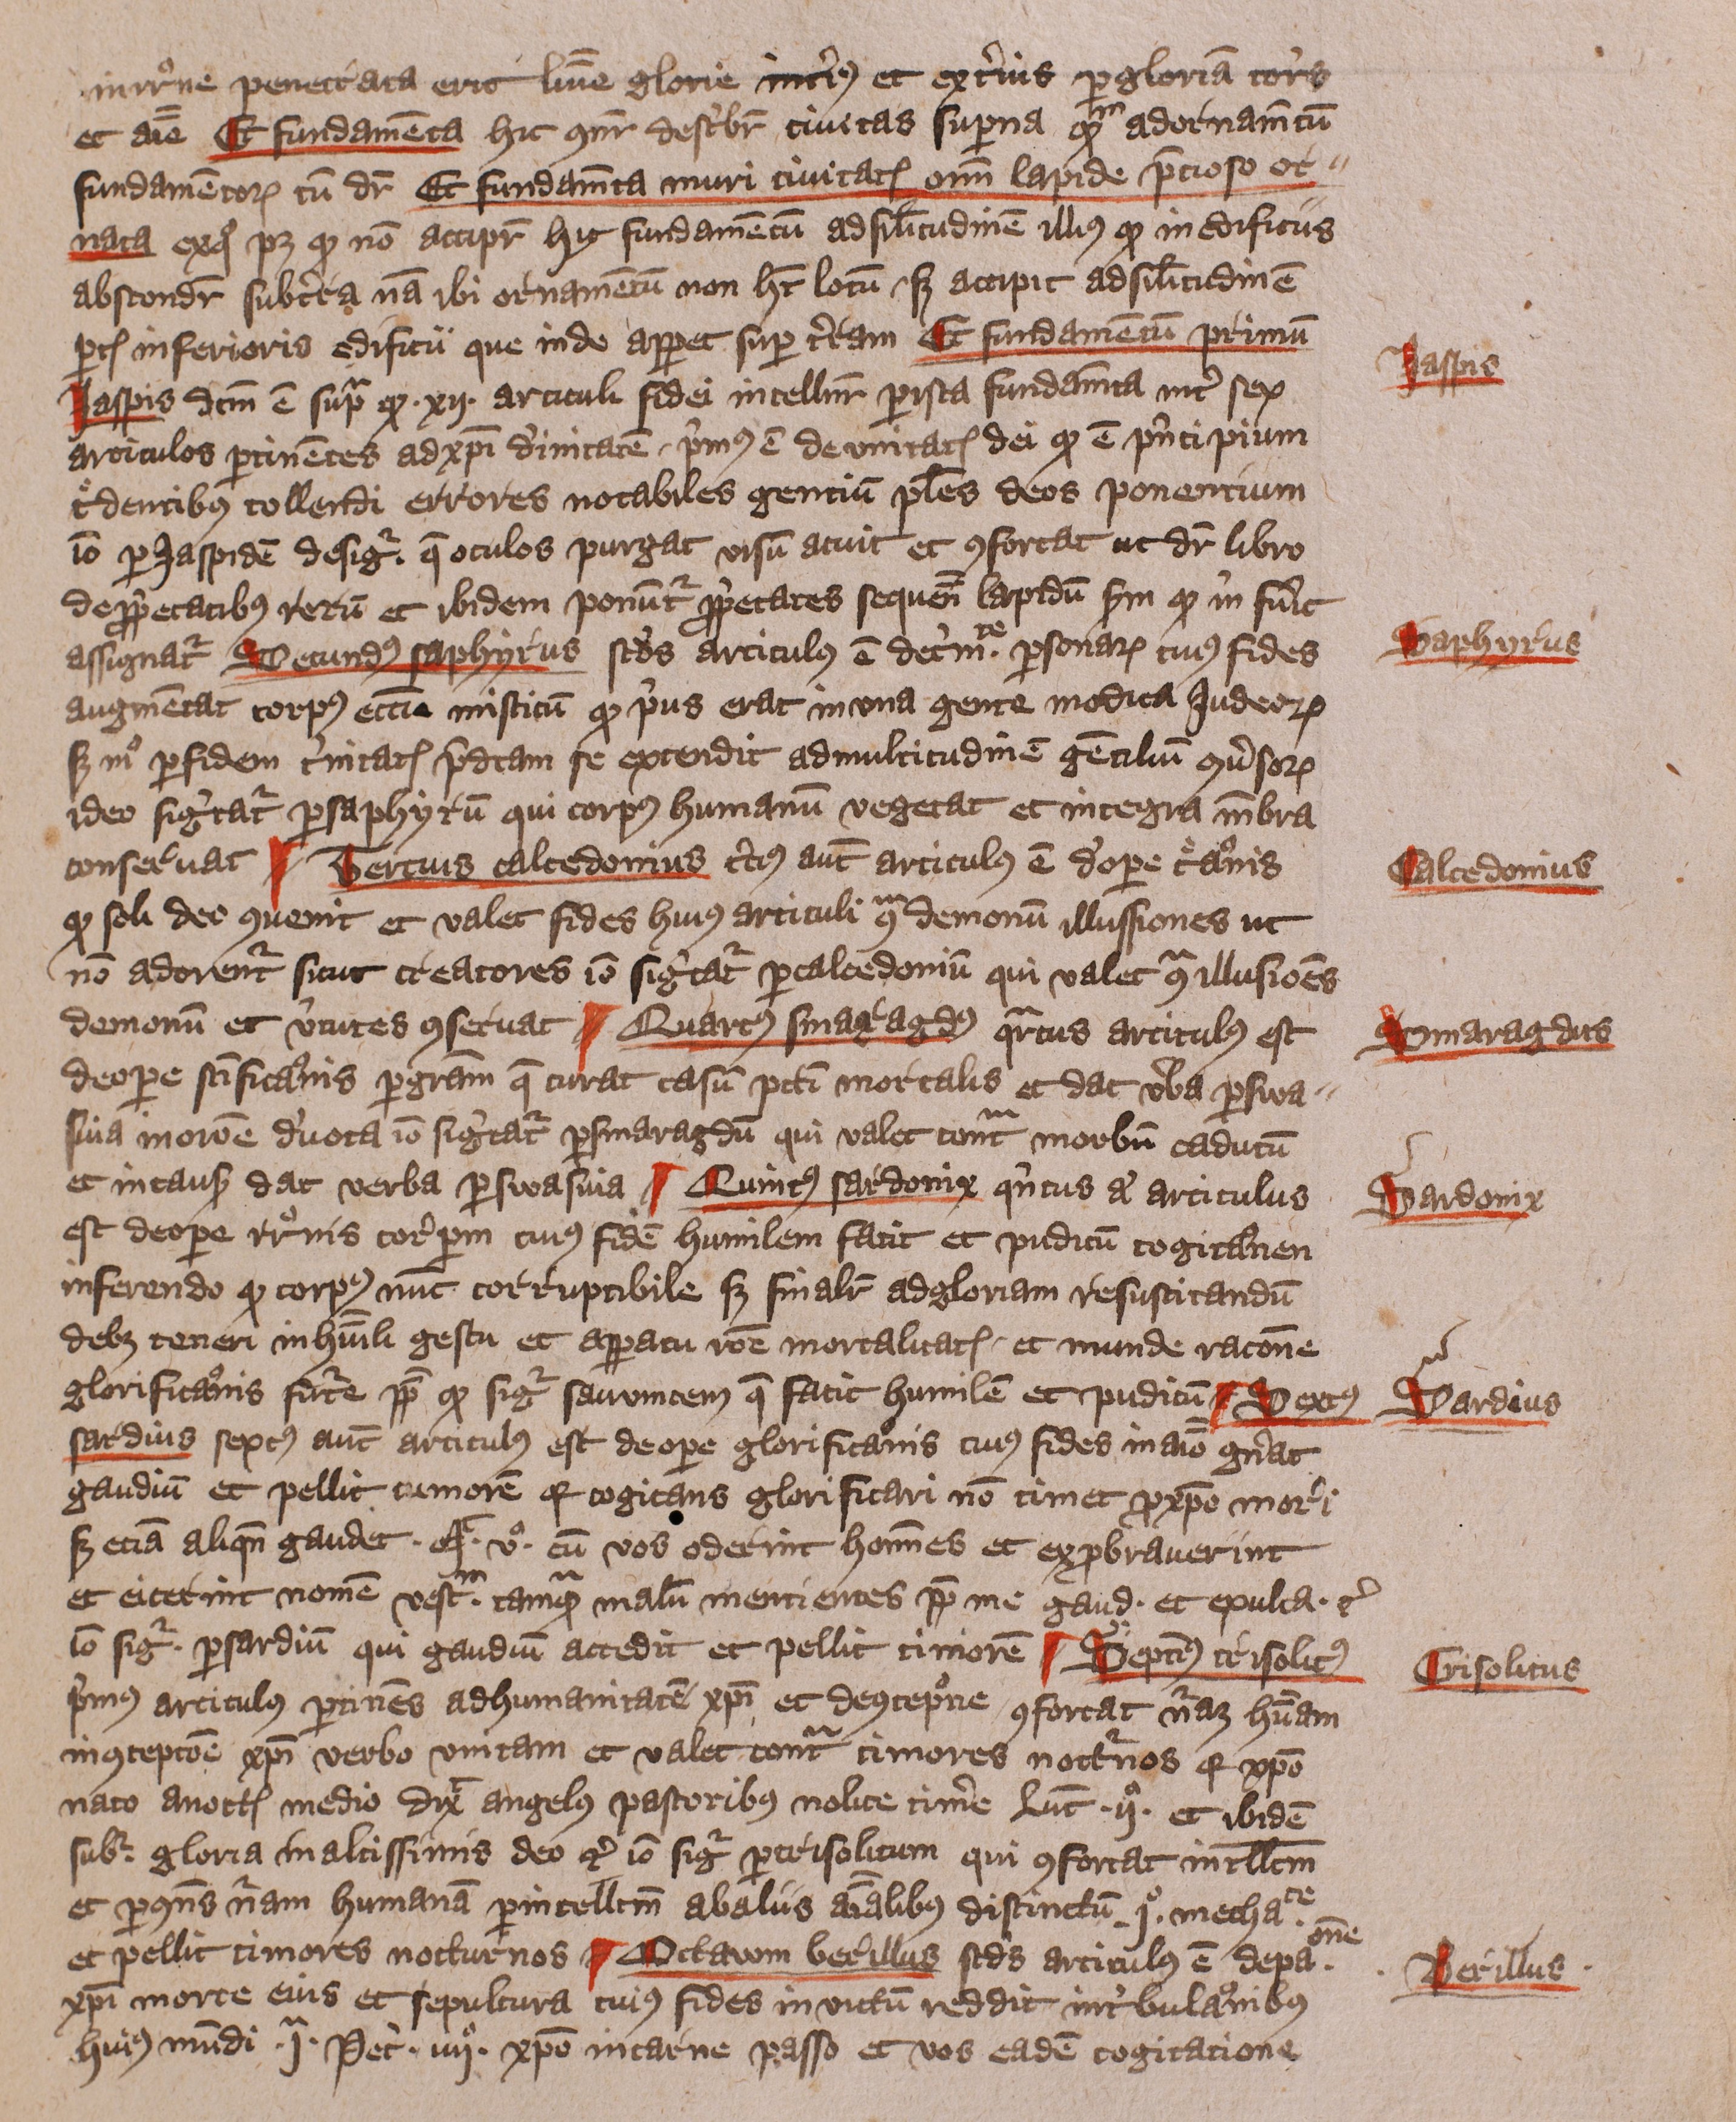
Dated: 1405–1407